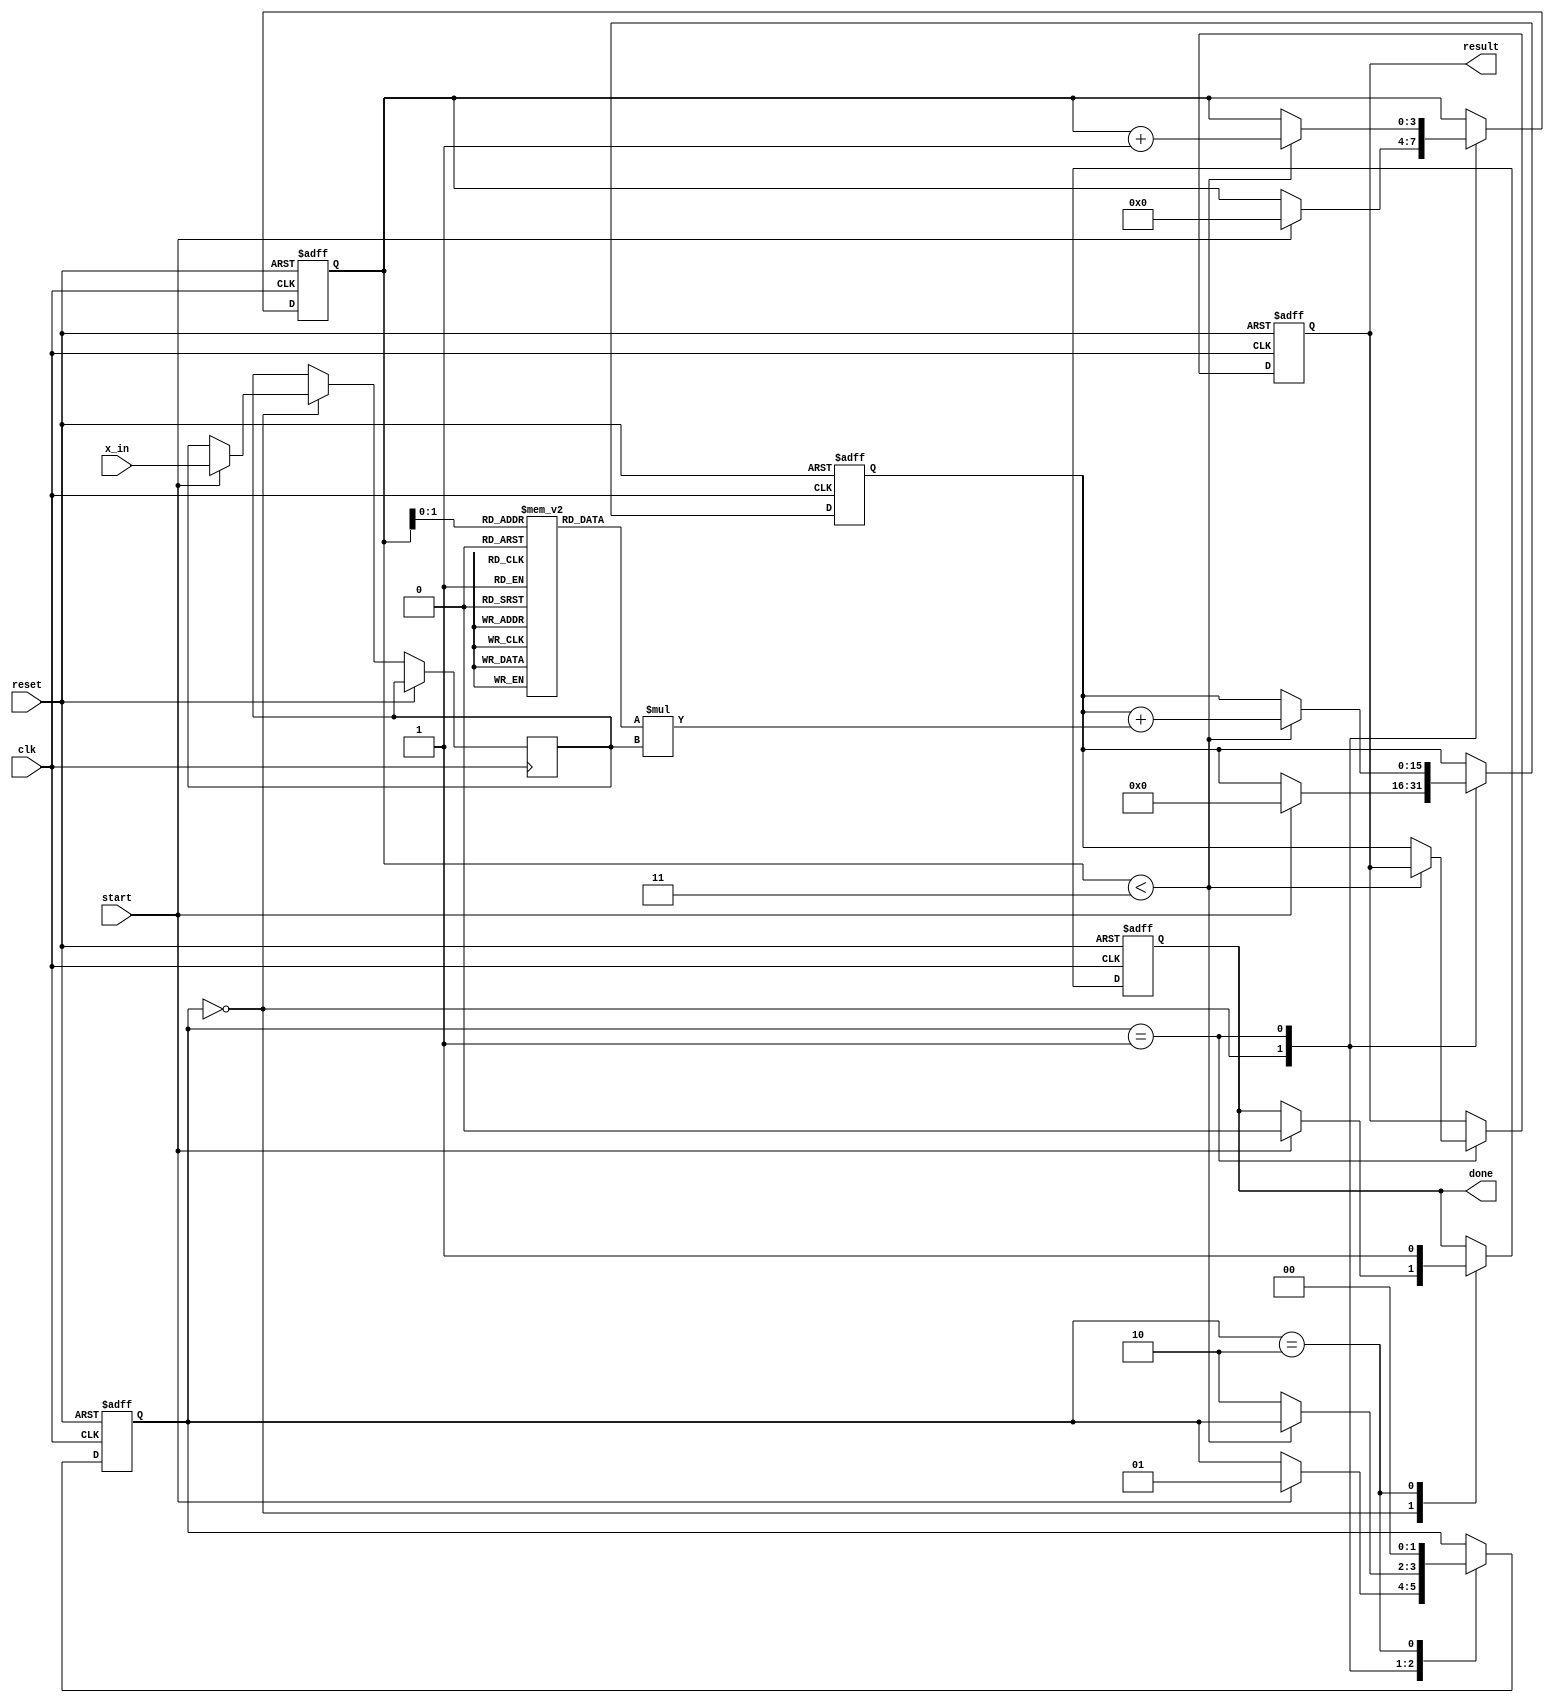
module cordic_polynomial_evaluator #(
    parameter COEFF_WIDTH = 16, // Width for coefficients
    parameter X_WIDTH = 16,      // Width for input x
    parameter POLY_DEGREE = 3,   // Degree of polynomial
    parameter ITERATIONS = 16     // Number of iterations for CORDIC
)(
    input wire clk,
    input wire reset,
    input wire start,
    input wire [X_WIDTH-1:0] x_in,
    output reg [COEFF_WIDTH-1:0] result,
    output reg done
);

    // Coefficients for the polynomial P(x) = a_n * x^n + ... + a_1 * x + a_0
    reg [COEFF_WIDTH-1:0] coeffs [0:POLY_DEGREE];
    
    // Internal registers
    reg [X_WIDTH-1:0] x_reg;
    reg [COEFF_WIDTH-1:0] accum;
    reg [3:0] iter_count;
    reg [1:0] state;

    // State Machine States
    localparam IDLE = 2'b00;
    localparam COMPUTE = 2'b01;
    localparam DONE = 2'b10;

    // Initialize coefficients (example coefficients for P(x) = x^3 - 2x^2 + x - 1)
    initial begin
        coeffs[0] = 16'hFFFF; // a0 = -1
        coeffs[1] = 16'h0001; // a1 = 1
        coeffs[2] = 16'hFFFE; // a2 = -2
        coeffs[3] = 16'h0001; // a3 = 1
    end

    // Control Logic
    always @(posedge clk or posedge reset) begin
        if (reset) begin
            state <= IDLE;
            done <= 0;
            iter_count <= 0;
            accum <= 0;
            result <= 0;
        end else begin
            case (state)
                IDLE: begin
                    if (start) begin
                        x_reg <= x_in;
                        accum <= 0;
                        iter_count <= 0;
                        state <= COMPUTE;
                        done <= 0;
                    end
                end

                COMPUTE: begin
                    if (iter_count < POLY_DEGREE) begin
                        accum <= accum + (coeffs[iter_count] * x_reg);
                        iter_count <= iter_count + 1;
                    end else begin
                        result <= accum;
                        state <= DONE;
                    end
                end

                DONE: begin
                    done <= 1;
                    state <= IDLE; // Go back to IDLE for next operation
                end
            endcase
        end
    end

endmodule